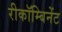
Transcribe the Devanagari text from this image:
रीकॉम्बिनेंट